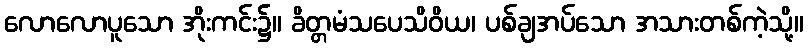
လောလောပူသော အိုးကင်း၌။ ခိတ္တမံသပေသိဝိယ၊ ပစ်ချအပ်သော အသားတစ်ကဲ့သို့။